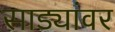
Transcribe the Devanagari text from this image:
साड्यांवर